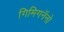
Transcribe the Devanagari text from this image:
गिमिगनॅनो